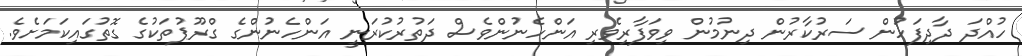
ހުއްދަ ދާދިފަހުން ސަރުކާރުން ދިނުމުން ވިވަފާރިވެރި އަންހެނުންވެސް ދަތުރުކުރަނީ އަންހެނުންގެ ގްރޫޕުތަކުގެ ގޮތުގައިކަމަށެވެ.